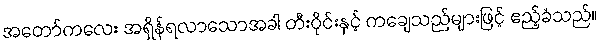
အတော်ကလေး အရှိန်ရလာသောအခါ တီးဝိုင်းနှင့် ကချေသည်များဖြင့် ဧည့်ခံသည်။